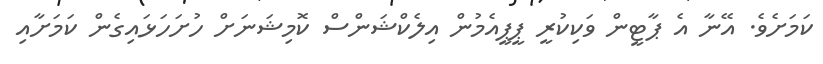
ކަމަށެވެ. އޭނާ އެ ޕާޓީން ވަކިކުރީ ޕީޕީއެމުން އިލެކްޝަންސް ކޮމިޝަނަށް ހުށަހަޅައިގެން ކަމަށާއި